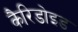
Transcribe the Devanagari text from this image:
कैरिडोइड